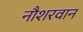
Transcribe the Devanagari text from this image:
नौशरवान